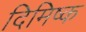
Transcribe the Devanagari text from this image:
दिमिष्क